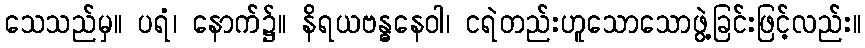
သေသည်မှ။ ပရံ၊ နောက်၌။ နိရယဗန္ဓနေဝါ၊ ငရဲတည်းဟူသောသောဖွဲ့ခြင်းဖြင့်လည်း။